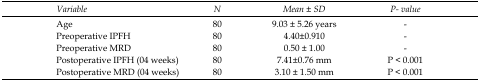
<table><thead><tr><td><b><i>Variable</i></b></td><td><b><i>N</i></b></td><td><b><i>Mean ± SD</i></b></td><td><b><i>P- value</i></b></td></tr></thead><tbody><tr><td>Age</td><td>80</td><td>9.03 ± 5.26 years</td><td>-</td></tr><tr><td>Preoperative IPFH</td><td>80</td><td>4.40±0.910</td><td>-</td></tr><tr><td>Preoperative MRD</td><td>80</td><td>0.50 ± 1.00</td><td>-</td></tr><tr><td>Postoperative IPFH (04 weeks)</td><td>80</td><td>7.41±0.76 mm</td><td>P &lt; 0.001</td></tr><tr><td>Postoperative MRD (04 weeks)</td><td>80</td><td>3.10 ± 1.50 mm</td><td>P &lt; 0.001</td></tr></tbody></table>